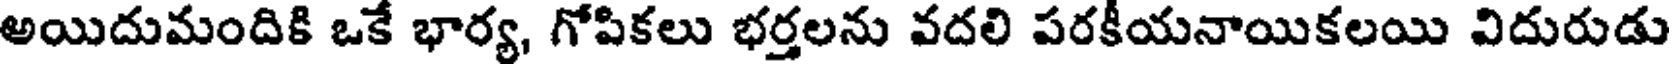
అయిదుమందికి ఒకే భార్య, గోపికలు భర్తలను వదలి పరకీయనాయికలయి విదురుడు